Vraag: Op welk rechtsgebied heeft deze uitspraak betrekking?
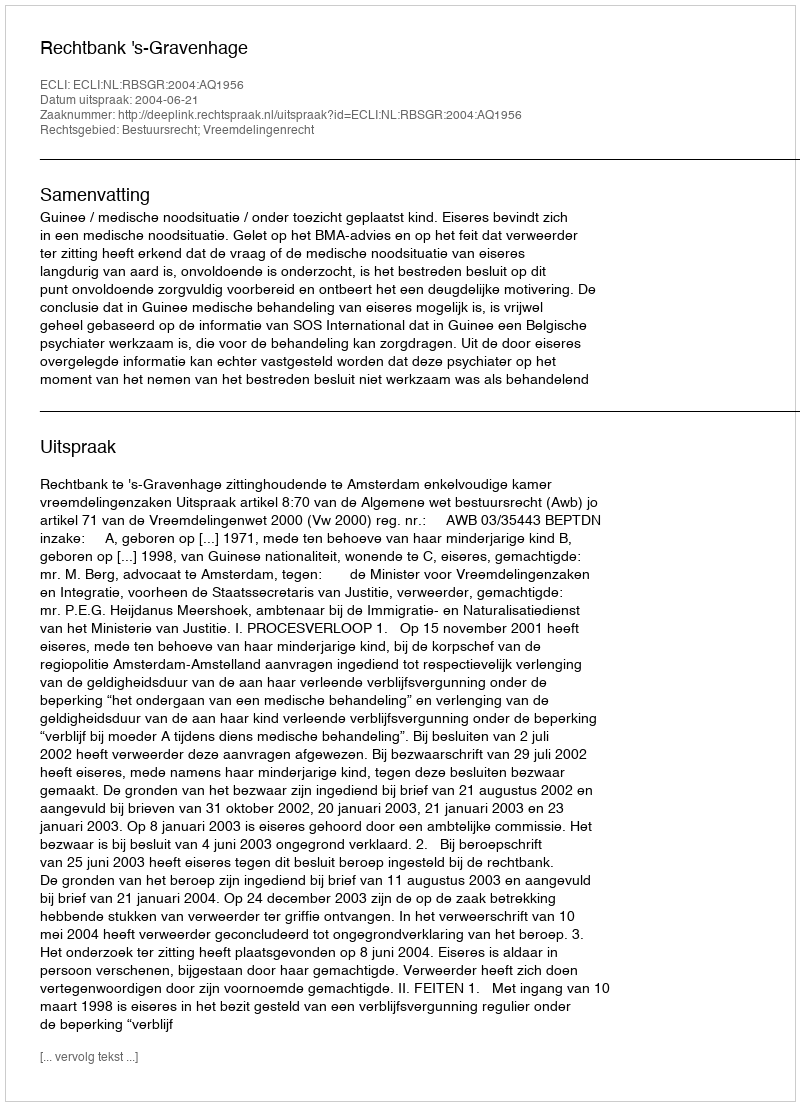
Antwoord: Bestuursrecht; Vreemdelingenrecht